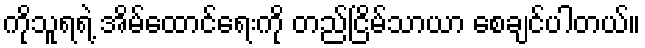
ကိုသူရရဲ့ အိမ်ထောင်ရေးကို တည်ငြိမ်သာယာ စေချင်ပါတယ်။